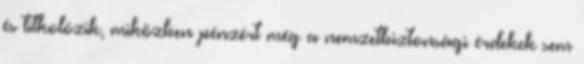
és titkolózik, miközben pénzért még a nemzetbiztonsági érdekek sem